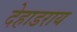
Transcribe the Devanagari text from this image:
देहाडराय